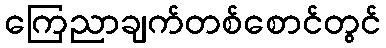
ကြေညာချက်တစ်စောင်တွင်